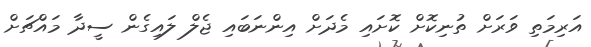
އަރިމަތި ވަރަށް ތުނިކޮށް ކޮށައި މެދަށް އިންނަބައި ޖެލް ލައިގެން ސީދާ މައްޗަށް